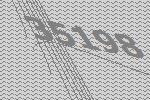
35198